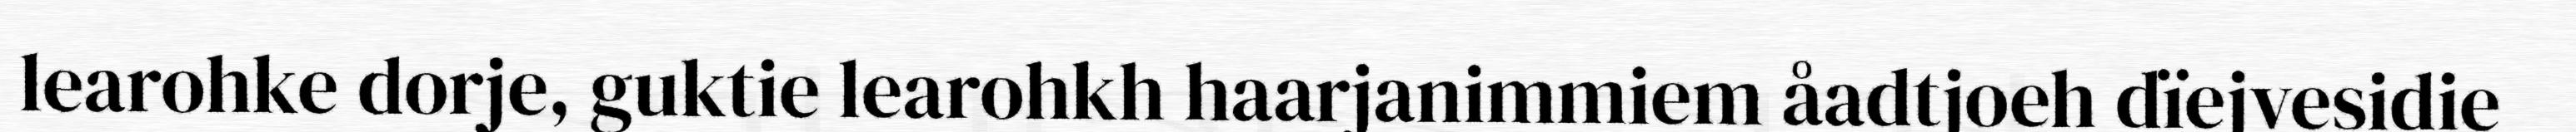
learohke dorje, guktie learohkh haarjanimmiem åadtjoeh dïejvesidie